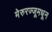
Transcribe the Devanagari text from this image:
मेरुरज्जूमधून